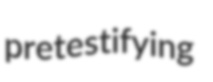
pretestifying